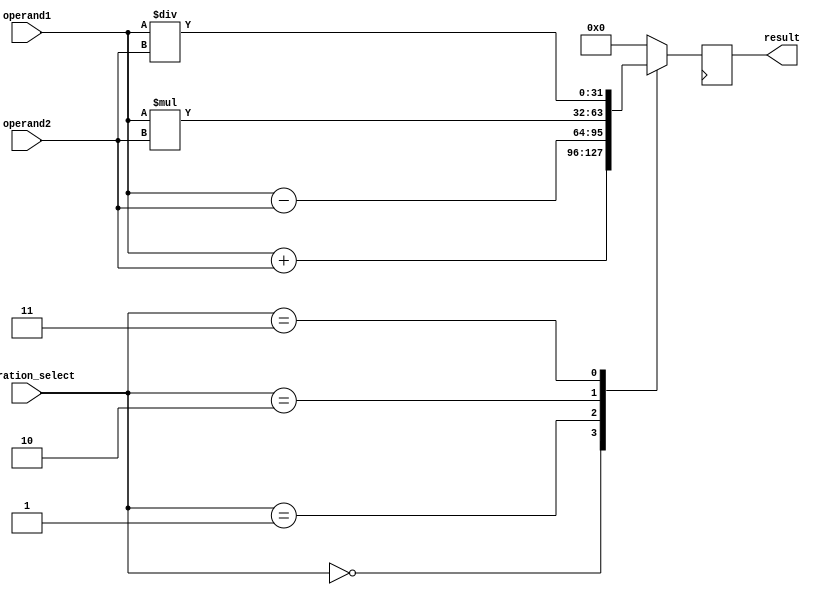
module floating_point_ALU (
    input wire [31:0] operand1,
    input wire [31:0] operand2,
    input wire [2:0] operation_select,
    output reg [31:0] result
);

reg [31:0] temp_result;

always @ (*) begin
    case(operation_select)
        3'b000: temp_result = operand1 + operand2; // Addition
        3'b001: temp_result = operand1 - operand2; // Subtraction
        3'b010: temp_result = operand1 * operand2; // Multiplication
        3'b011: temp_result = operand1 / operand2; // Division
        default: temp_result = 32'd0;
    endcase
end

always @ (posedge clk) begin
    result <= temp_result;
end

endmodule